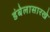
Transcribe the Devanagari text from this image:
डंबेलासारखे